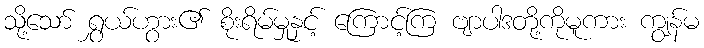
သို့သော် ရွှယ်ဟွား၏ စိုးရိမ်မှုနှင့် ကြောင့်ကြ ဗျာပါဒတို့ကိုမူကား ကျွန်မ